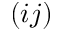
( i j )